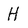
Character: H